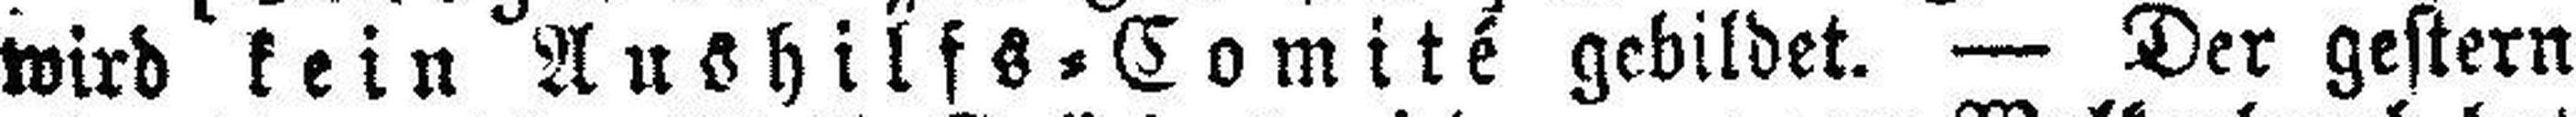
wird kein Aushilfs=Comité gebildet. — Der gestern